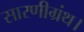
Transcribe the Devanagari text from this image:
सारणीग्रंथ।